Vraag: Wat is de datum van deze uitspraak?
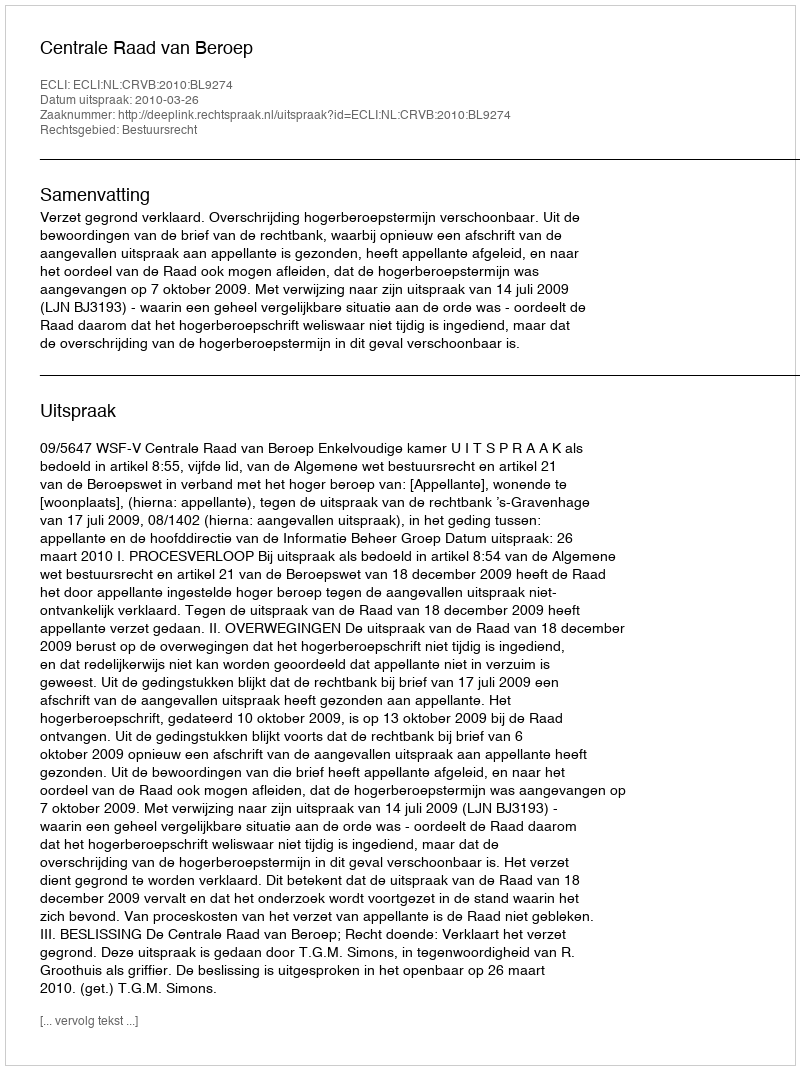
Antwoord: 2010-03-26